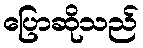
ပြောဆိုသည်